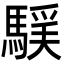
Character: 𩤻